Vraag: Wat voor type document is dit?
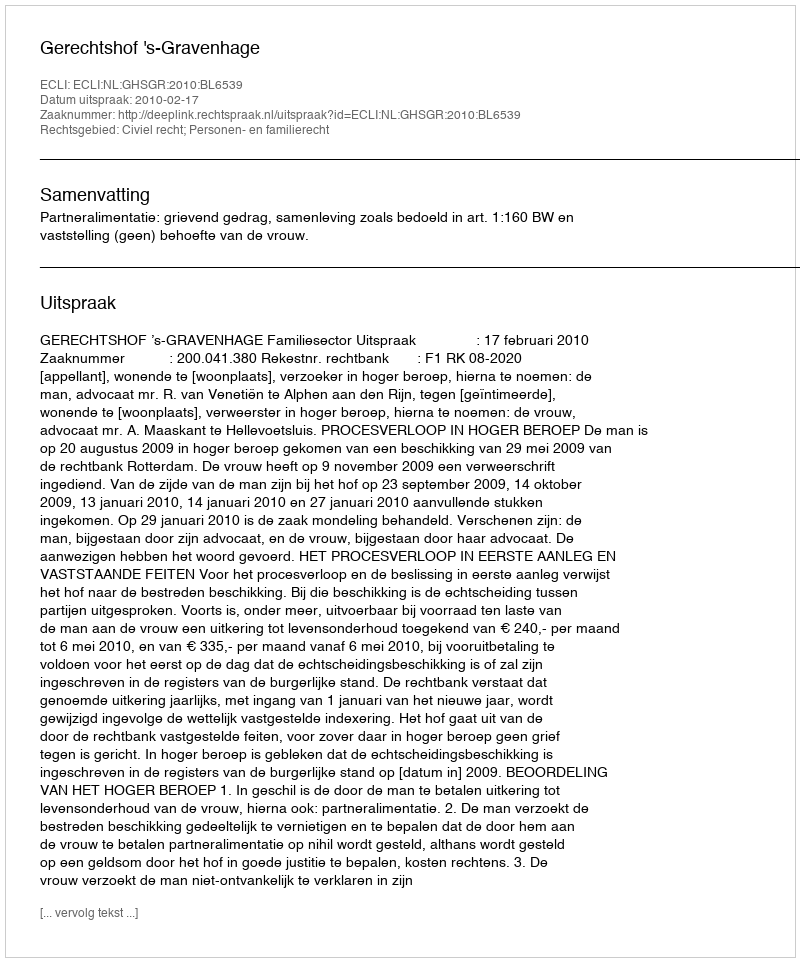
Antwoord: Uitspraak